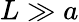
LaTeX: L\gg a